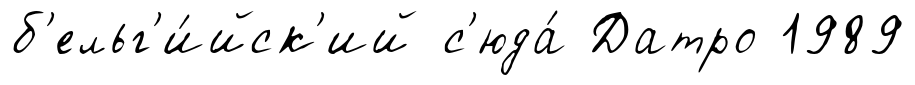
б'ельг'и́йск'ий с'юда́ Датро 1989